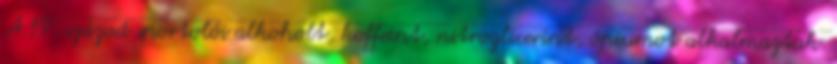
A 19. század sportolói alkoholt, koffeint, nitroglicerint, ópiumot alkalmaztak.